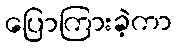
ပြောကြားခဲ့ကာ